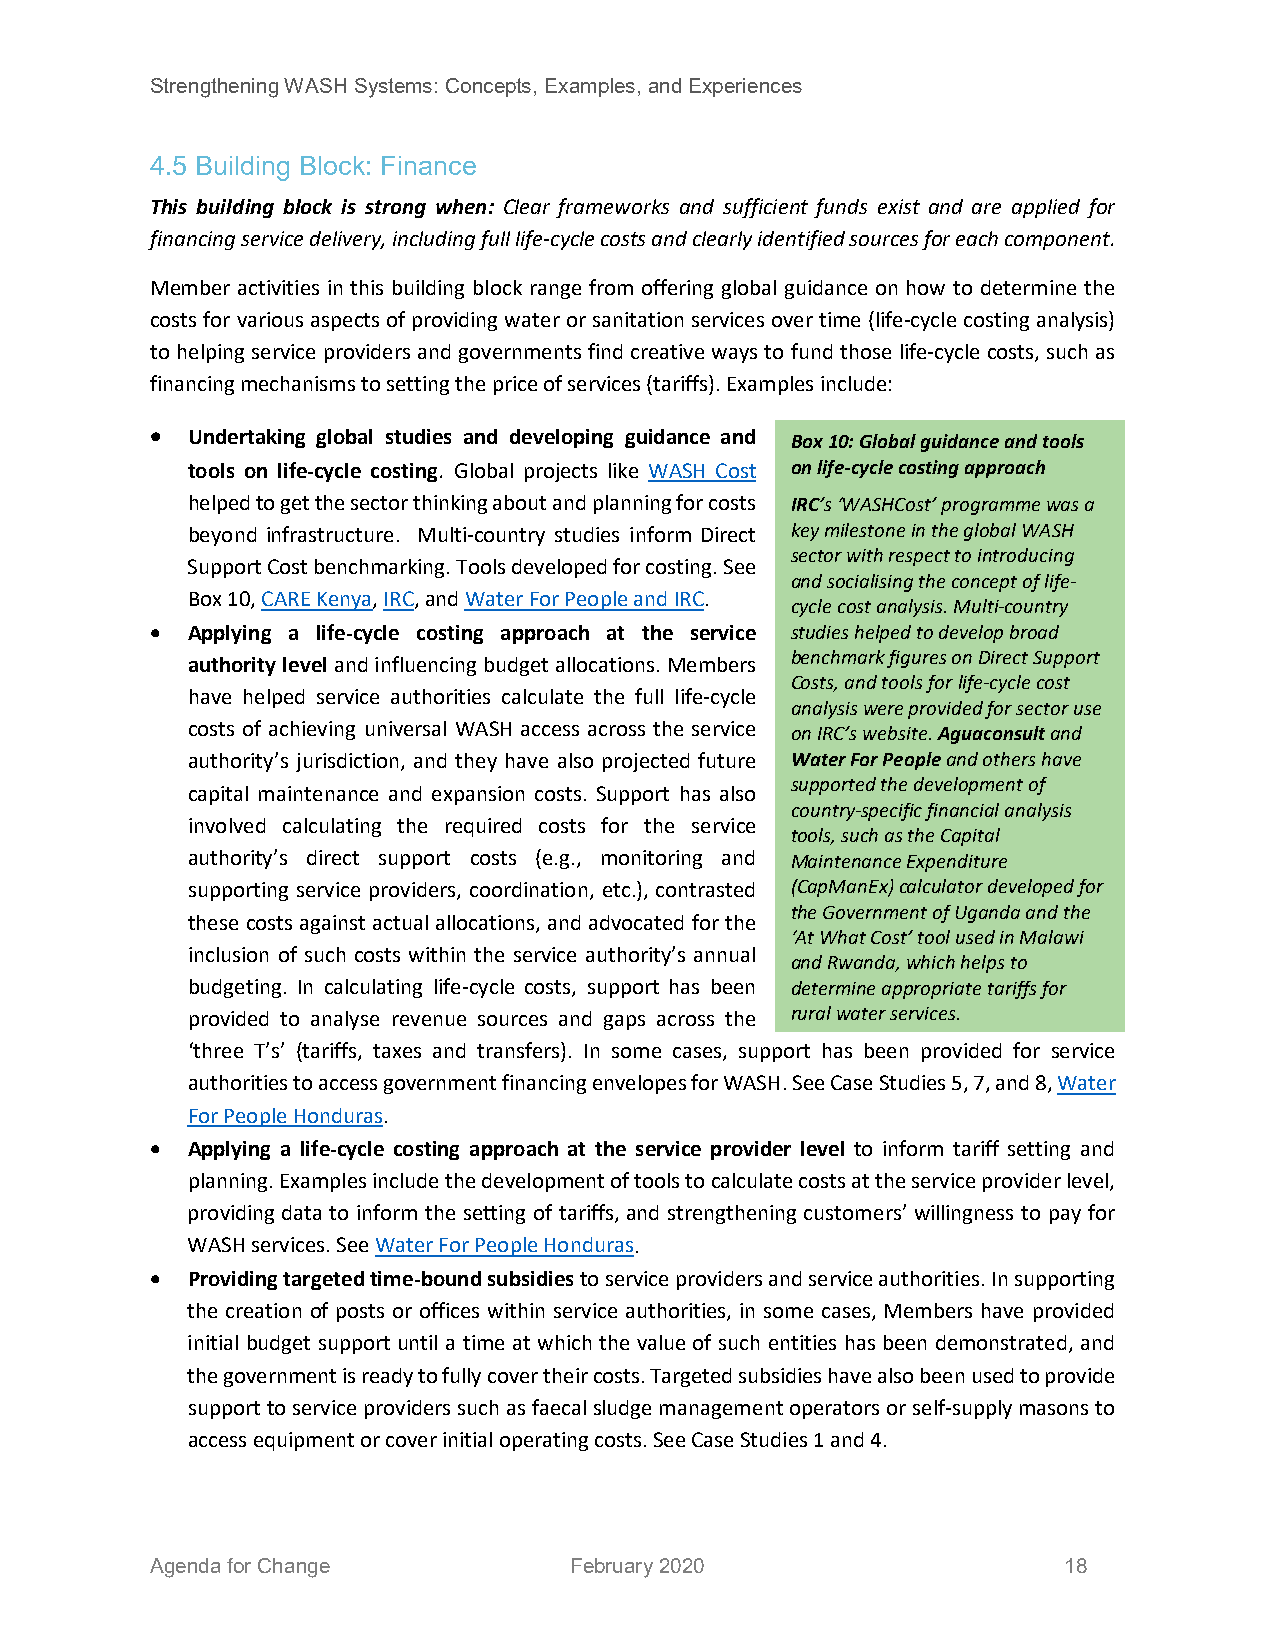
Strengthening WASH Systems: Concepts, Examples, and Experiences
 4.5 Building Block: Finance
 This building block is strong when: Clear frameworks and sufficient funds exist and are applied for
 financing service delivery, including full life-cycle costs and clearly identified sources for each component.
 Member activities in this building block range from offering global guidance on how to determine the
 costs for various aspects of providing water or sanitation services over time (life-cycle costing analysis)
 to helping service providers and governments find creative ways to fund those life-cycle costs, such as
 financing mechanisms to setting the price of services (tariffs). Examples include:
 • Undertaking global studies and developing guidance and Box 10: Global guidance and tools
 tools on life-cycle costing. Global projects like WASH Cost on life-cycle costing approach
 helped to get the sector thinking about and planning for costs IRC’s ‘WASHCost’ programme was a
 beyond infrastructure. Multi-country studies inform Direct key milestone in the global WASH
 sector with respect to introducing
 Support Cost benchmarking. Tools developed for costing. See
 and socialising the concept of life-
 Box 10, CARE Kenya, IRC, and Water For People and IRC.
 cycle cost analysis. Multi-country
 • Applying a life-cycle costing approach at the service studies helped to develop broad
 benchmark figures on Direct Support
 authority level and influencing budget allocations. Members
 Costs, and tools for life-cycle cost
 have helped service authorities calculate the full life-cycle
 analysis were provided for sector use
 costs of achieving universal WASH access across the service on IRC’s website. Aguaconsult and
 authority’s jurisdiction, and they have also projected future Water For People and others have
 supported the development of
 capital maintenance and expansion costs. Support has also
 country-specific financial analysis
 involved calculating the required costs for the service
 tools, such as the Capital
 authority’s direct support costs (e.g., monitoring and Maintenance Expenditure
 supporting service providers, coordination, etc.), contrasted (CapManEx) calculator developed for
 the Government of Uganda and the
 these costs against actual allocations, and advocated for the
 ‘At What Cost’ tool used in Malawi
 inclusion of such costs within the service authority’s annual
 and Rwanda, which helps to
 budgeting. In calculating life-cycle costs, support has been determine appropriate tariffs for
 provided to analyse revenue sources and gaps across the rural water services.
 ‘three T’s’ (tariffs, taxes and transfers). In some cases, support has been provided for service
 authorities to access government financing envelopes for WASH. See Case Studies 5, 7, and 8, Water
 For People Honduras.
 • Applying a life-cycle costing approach at the service provider level to inform tariff setting and
 planning. Examples include the development of tools to calculate costs at the service provider level,
 providing data to inform the setting of tariffs, and strengthening customers’ willingness to pay for
 WASH services. See Water For People Honduras.
 • Providing targeted time-bound subsidies to service providers and service authorities. In supporting
 the creation of posts or offices within service authorities, in some cases, Members have provided
 initial budget support until a time at which the value of such entities has been demonstrated, and
 the government is ready to fully cover their costs. Targeted subsidies have also been used to provide
 support to service providers such as faecal sludge management operators or self-supply masons to
 access equipment or cover initial operating costs. See Case Studies 1 and 4.
 Agenda for Change           February 2020                   18